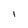
Character: i